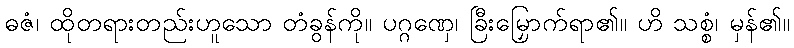
ဓဇံ၊ ထိုတရားတည်းဟူသော တံခွန်ကို။ ပဂ္ဂဏှေ၊ ခြီးမြှောက်ရာ၏။ ဟိ သစ္စံ၊ မှန်၏။